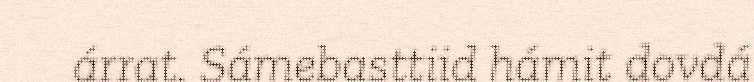
árrat. Sámebasttiid hámit dovdá